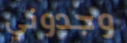
وجدوني